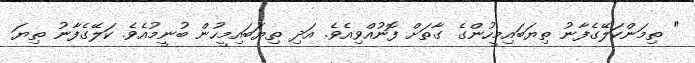
" ތިމަންކަލޭގެފާނު ތިޔަބައިމީހުންގެ ގާތަށް ފޮނުއްވިއެވެ. އަދި ތިޔަބައިމީހުން ބުނީމުއެވެ. ކަލޭގެފާނު ތިޔަ